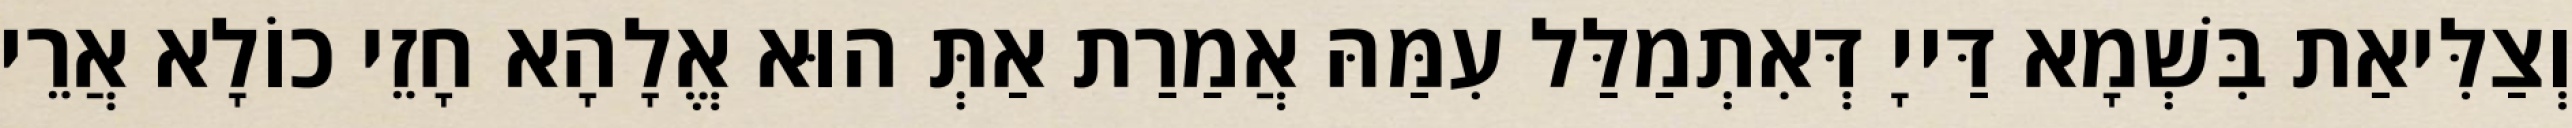
וְצַלִּיאַת בִּשְׁמָא דַּייָ דְּאִתְמַלַּל עִמַּהּ אֲמַרַת אַתְּ הוּא אֱלָהָא חָזֵי כוֹלָא אֲרֵי